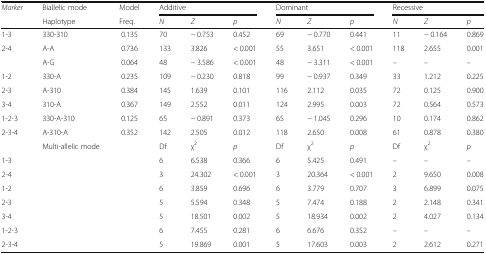
<table><thead><tr><td rowspan="2"><b><i>Marker</i></b></td><td><b>Biallelic mode</b></td><td><b>Model</b></td><td colspan="3"><b>Additive</b></td><td colspan="3"><b>Dominant</b></td><td colspan="3"><b>Recessive</b></td></tr><tr><td><b>Haplotype</b></td><td><b>Freq.</b></td><td><b><i>N</i></b></td><td><b><i>Z</i></b></td><td><b><i>p</i></b></td><td><b><i>N</i></b></td><td><b><i>Z</i></b></td><td><b><i>p</i></b></td><td><b><i>N</i></b></td><td><b><i>Z</i></b></td><td><b><i>p</i></b></td></tr></thead><tbody><tr><td>1-3</td><td>330-310</td><td>0.135</td><td>70</td><td>− 0.753</td><td>0.452</td><td>69</td><td>− 0.770</td><td>0.441</td><td>11</td><td>− 0.164</td><td>0.869</td></tr><tr><td>2-4</td><td>A-A</td><td>0.736</td><td>133</td><td>3.826</td><td>&lt; 0.001</td><td>55</td><td>3.651</td><td>&lt; 0.001</td><td>118</td><td>2.655</td><td>0.001</td></tr><tr><td>[EMPTY_CELL]</td><td>A-G</td><td>0.064</td><td>48</td><td>− 3.586</td><td>&lt; 0.001</td><td>48</td><td>− 3.311</td><td>&lt; 0.001</td><td>–</td><td>–</td><td>–</td></tr><tr><td>1-2</td><td>330-A</td><td>0.235</td><td>109</td><td>− 0.230</td><td>0.818</td><td>99</td><td>− 0.937</td><td>0.349</td><td>33</td><td>1.212</td><td>0.225</td></tr><tr><td>2-3</td><td>A-310</td><td>0.384</td><td>145</td><td>1.639</td><td>0.101</td><td>116</td><td>2.112</td><td>0.035</td><td>72</td><td>0.125</td><td>0.900</td></tr><tr><td>3-4</td><td>310-A</td><td>0.367</td><td>149</td><td>2.552</td><td>0.011</td><td>124</td><td>2.995</td><td>0.003</td><td>72</td><td>0.564</td><td>0.573</td></tr><tr><td>1-2-3</td><td>330-A-310</td><td>0.125</td><td>65</td><td>− 0.891</td><td>0.373</td><td>65</td><td>− 1.045</td><td>0.296</td><td>10</td><td>0.174</td><td>0.862</td></tr><tr><td>2-3-4</td><td>A-310-A</td><td>0.352</td><td>142</td><td>2.505</td><td>0.012</td><td>118</td><td>2.650</td><td>0.008</td><td>61</td><td>0.878</td><td>0.380</td></tr><tr><td>[EMPTY_CELL]</td><td>Multi-allelic mode</td><td>[EMPTY_CELL]</td><td>Df</td><td>χ<sup>2</sup></td><td><i>p</i></td><td>Df</td><td>χ<sup>2</sup></td><td><i>p</i></td><td>Df</td><td>χ<sup>2</sup></td><td><i>p</i></td></tr><tr><td>1-3</td><td>[EMPTY_CELL]</td><td>[EMPTY_CELL]</td><td>6</td><td>6.538</td><td>0.366</td><td>6</td><td>5.425</td><td>0.491</td><td>–</td><td>–</td><td>–</td></tr><tr><td>2-4</td><td>[EMPTY_CELL]</td><td>[EMPTY_CELL]</td><td>3</td><td>24.302</td><td>&lt; 0.001</td><td>3</td><td>20.364</td><td>&lt; 0.001</td><td>2</td><td>9.650</td><td>0.008</td></tr><tr><td>1-2</td><td>[EMPTY_CELL]</td><td>[EMPTY_CELL]</td><td>6</td><td>3.859</td><td>0.696</td><td>6</td><td>3.779</td><td>0.707</td><td>3</td><td>6.899</td><td>0.075</td></tr><tr><td>2-3</td><td>[EMPTY_CELL]</td><td>[EMPTY_CELL]</td><td>5</td><td>5.594</td><td>0.348</td><td>5</td><td>7.474</td><td>0.188</td><td>2</td><td>2.148</td><td>0.341</td></tr><tr><td>3-4</td><td>[EMPTY_CELL]</td><td>[EMPTY_CELL]</td><td>5</td><td>18.501</td><td>0.002</td><td>5</td><td>18.934</td><td>0.002</td><td>2</td><td>4.027</td><td>0.134</td></tr><tr><td>1-2-3</td><td>[EMPTY_CELL]</td><td>[EMPTY_CELL]</td><td>6</td><td>7.455</td><td>0.281</td><td>6</td><td>6.676</td><td>0.352</td><td>–</td><td>–</td><td>–</td></tr><tr><td>2-3-4</td><td>[EMPTY_CELL]</td><td>[EMPTY_CELL]</td><td>5</td><td>19.869</td><td>0.001</td><td>5</td><td>17.603</td><td>0.003</td><td>2</td><td>2.612</td><td>0.271</td></tr></tbody></table>